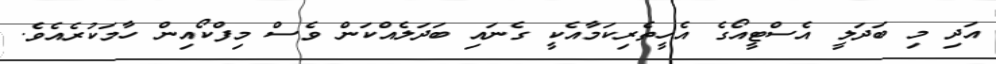
އަދި މި ބަދަލީ އެސްޓީއޯގެ އެހީތެރިކަމާއެކީ ގެނައި ބަދަލެއްކަން ވެސް މިފްކޯއިން ހާމަކުރެއެވެ.